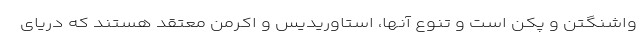
واشنگتن و پکن است و تنوع آنها، استاوریدیس و اکرمن معتقد هستند که دریای